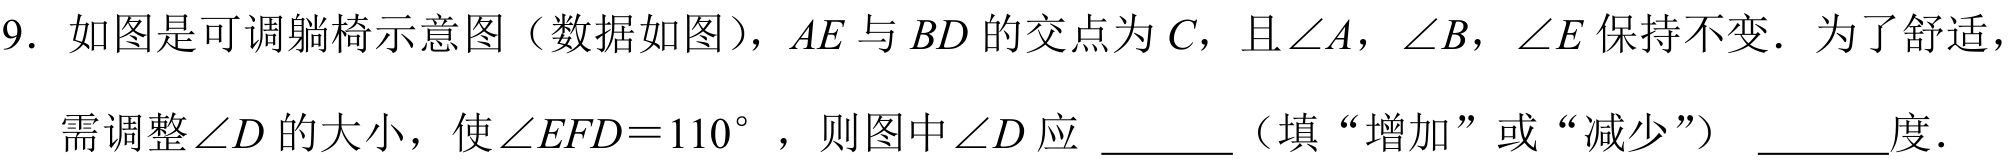
9. 如图是可调躺椅示意图（数据如图），\(AE\)与\(BD\)的交点为\(C\)，且\(\angle A\)，\(\angle B\)，\(\angle E\)保持不变．为了舒适，
需调整\(\angle D\)的大小，使\(\angle EFD = 110^{\circ}\)，则图中\(\angle D\)应 \_\_\_\_（填“增加”或“减少”） \_\_\_\_度．